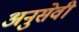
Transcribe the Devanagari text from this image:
अनुसेवी